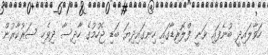
ހަވާލައިދީ ބުނެފައި ވަނީ ފްލޮރިޑާގައި ހިނގައިދިޔަ ބަޑި ޖެހުމުގެ ހާދިސާ ދިވެހި ސަރުކާރުން